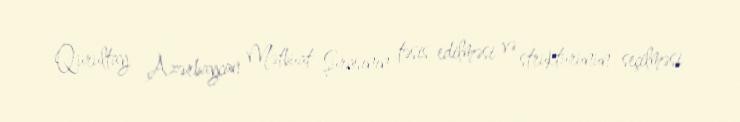
Qurultay Azərbaycan Mətbuat Şurasının təsis edilməsi və strukturunun seçilməsi